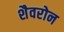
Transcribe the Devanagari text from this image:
शैवरोन